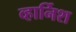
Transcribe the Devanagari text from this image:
व्हार्निश